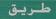
طريق